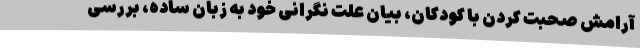
آرامش صحبت کردن با کودکان، بیان علت نگرانی خود به زبان ساده، بررسی